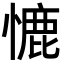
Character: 㦇